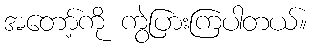
အတော့်ကို ကွဲပြားကြပါတယ်။